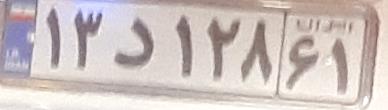
۱۳د۱۲۸۶۱